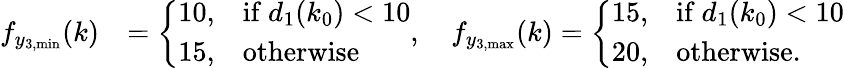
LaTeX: \begin{array}{rl}{f_{y_{3,\mathrm{min}}}(k)}&{=\left\{ \begin{array}{ll}{10,}&{\mathrm{if~}d_{1}(k_{0})<10}\\ {15,}&{\mathrm{otherwise}}\end{array}\right.,\quad f_{y_{3,\mathrm{max}}}(k)=\left\{ \begin{array}{ll}{15,}&{\mathrm{if~}d_{1}(k_{0})<10}\\ {20,}&{\mathrm{otherwise.}}\end{array}\right.}\end{array}